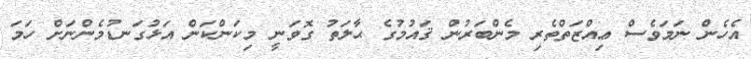
އެހެން ނަމަވެސް ޢިއްޒަތްތެރި މެންބަރުން ޤައުމުގެ ޙާލަތު ގޮވަނީ މިކަންކަން އަޅުގަނޑުމެންނަށް ހަމަ